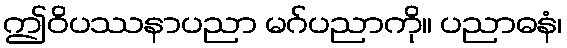
ဤဝိပဿနာပညာ မဂ်ပညာကို။ ပညာဓနံ၊